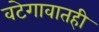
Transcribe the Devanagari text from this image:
वटेगावातही